Scottish Leaving Certificate Examination, 1959
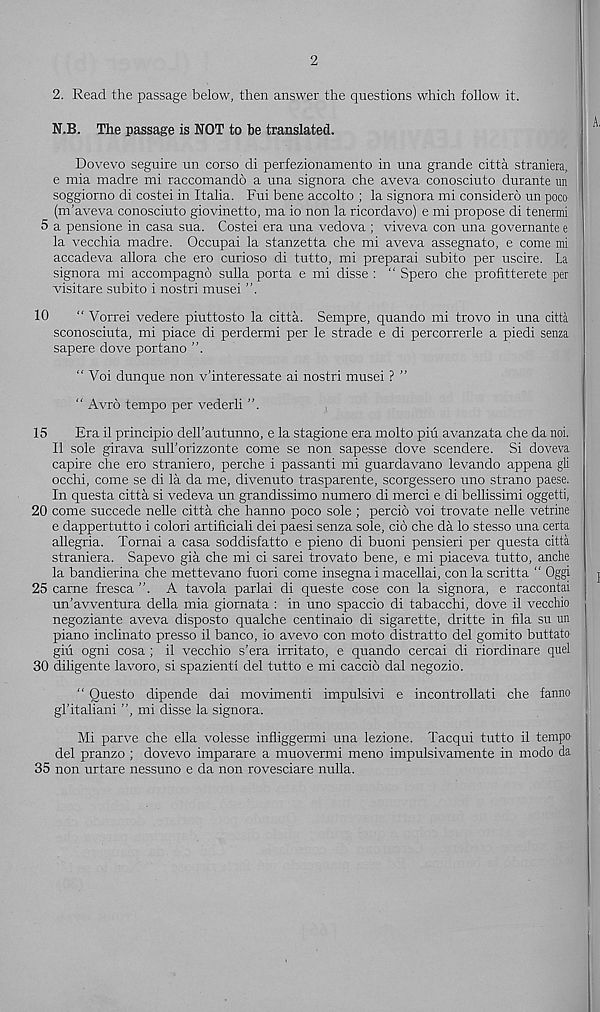
2
2. Read the passage below, then answer the questions which follow it.
N.B. The passage is NOT to be translated.
Dovevo seguire un corso di perfezionamento in una grande citta straniera.
e mia madre mi raccomando a una signora che aveva conosciuto durante un
soggiorno di costei in Italia. Fui bene accolto ; la signora mi considero un poco
(m’aveva conosciuto giovinetto, ma io non la ricordavo) e mi propose di tenermi
5 a pensione in casa sua. Costei era una vedova ; viveva con una governante e
la vecchia madre. Occupai la stanzetta che mi aveva assegnato, e come mi
accadeva allora che ero curioso di tutto, mi preparai subito per uscire. La
signora mi accompagno sulla porta e mi disse : “ Spero che profitterete per
visitare subito i nostri musei ”.
10
“ Vorrei vedere piuttosto la citta. Sempre, quando mi trovo in una citta
sconosciuta, mi piace di perdermi per le strade e di percorrerle a piedi senza
sapere dove portano ”.
“ Voi dunque non v’interessate ai nostri musei ? "
“ Avro tempo per vederli ”.
15
Era il principio dell’autunno, e la stagione era molto piii avanzata che da noi.
II sole girava suU’orizzonte come se non sapesse dove scendere. Si doveva.
capire che ero straniero, perche i passanti mi guardavano levando appena gli
occhi, come se di la da me, divenuto trasparente, scorgessero uno strano paese.
In questa citta si vedeva un grandissimo numero di merci e di bellissimi oggetti,
20 come succede nelle citta che hanno poco sole ; percio voi trovate nelle vetrine
e dappertutto i colori artificiali dei paesi senza sole, cio che da lo stesso una certa
allegria. Tornai a casa soddisfatto e pieno di buoni pensieri per questa citta
straniera. Sapevo gia che mi ci sarei trovato bene, e mi piaceva tutto, anche
la bandierina che mettevano fuori come insegna i macellai, con la scritta “ Oggi
25 carne fresca”. A tavola parlai di queste cose con la signora, e raccontai
un’awentura della mia giornata : in uno spaccio di tabacchi, dove il vecchio
negoziante aveva disposto qualche centinaio di sigarette, dritte in fila su un
piano inclinato presso il banco, io avevo con moto distratto del gomito buttato
giu ogni cosa ; il vecchio s’era irritato, e quando cercai di riordinare quel
30 diligente lavoro, si spazienti del tutto e mi caccio dal negozio.
“ Questo dipende dai movimenti impulsivi e incontrollati che fanno
gl’Italian! ”, mi disse la signora.
Mi parve che ella volesse infliggermi una lezione. Tacqui tutto il tempo
del pranzo ; dovevo imparare a muovermi meno impulsivamente in modo da
35 non urtare nessuno e da non rovesciare nulla.